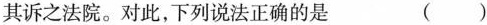
其诉之法院。对此，下列说法正确的是 ()